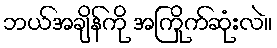
ဘယ်အချိန်ကို အကြိုက်ဆုံးလဲ။